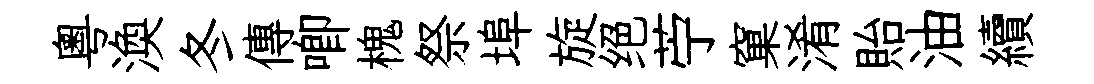
粵渙冬傳唧槐祭埠旋绝苧窠淆貽油續